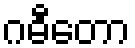
ဂဓီတော